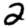
Digit: 2